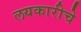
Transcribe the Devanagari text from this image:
लयकारीचे